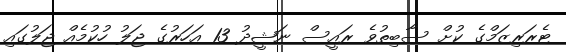
ޓެރަރިޒަމްގެ ކުށް ސާބިތުވެ ރައީސް ނަޝީދު 13 އަހަރުގެ ޖަލު ހުކުމެއް ޖަލުގައި